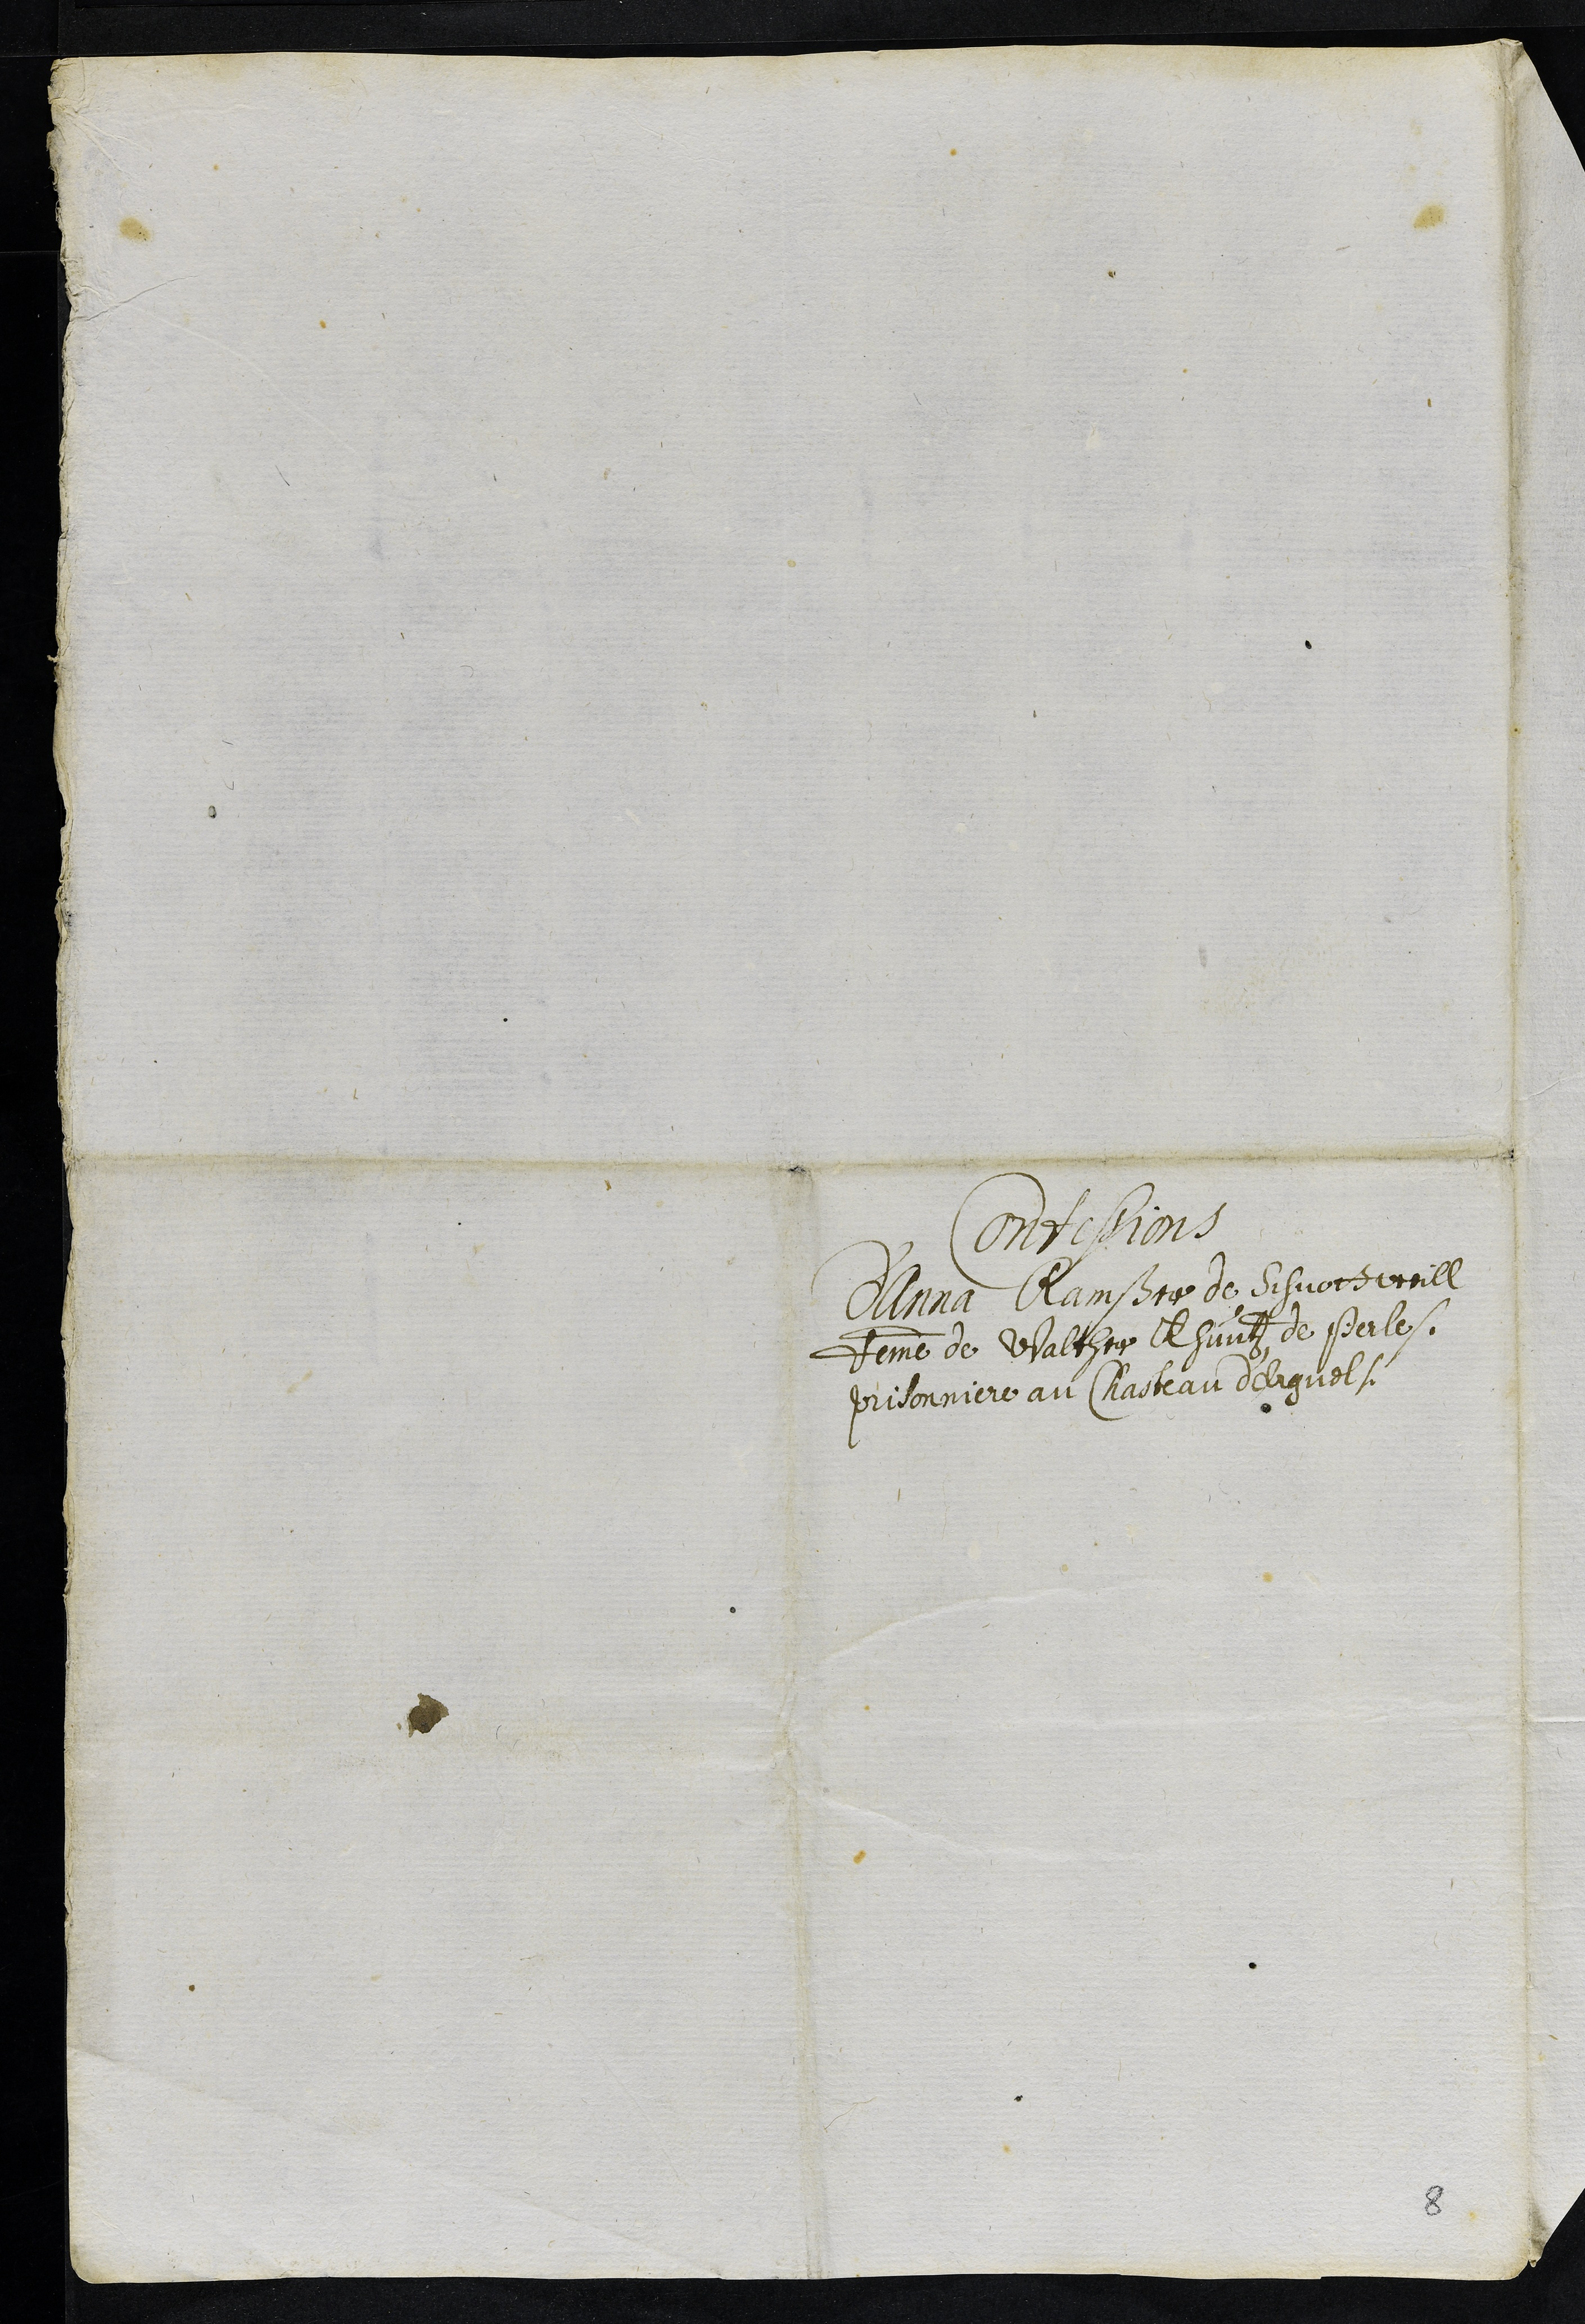
Confessions
d'Anna Ramßer de Schuottweill
femme de Walther Khuntz de Perle
prisonniere au Chasteau d'Erguel
8